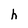
Character: h